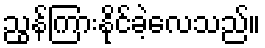
ညွန်ကြားနိုင်ခဲ့လေသည်။